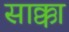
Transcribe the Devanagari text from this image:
साक्का